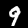
Digit: 9